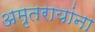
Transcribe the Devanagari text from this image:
अमृतरायांना